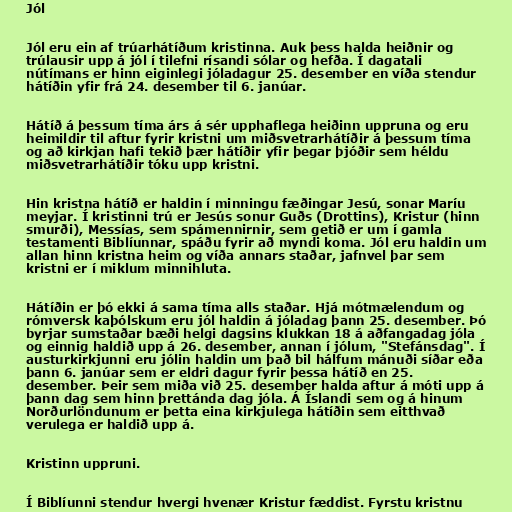
Jól

Jól eru ein af trúarhátíðum kristinna. Auk þess halda heiðnir og
trúlausir upp á jól í tilefni rísandi sólar og hefða. Í dagatali
nútímans er hinn eiginlegi jóladagur 25. desember en víða stendur
hátíðin yfir frá 24. desember til 6. janúar.

Hátíð á þessum tíma árs á sér upphaflega heiðinn uppruna og eru
heimildir til aftur fyrir kristni um miðsvetrarhátíðir á þessum tíma
og að kirkjan hafi tekið þær hátíðir yfir þegar þjóðir sem héldu
miðsvetrarhátíðir tóku upp kristni.

Hin kristna hátíð er haldin í minningu fæðingar Jesú, sonar Maríu
meyjar. Í kristinni trú er Jesús sonur Guðs (Drottins), Kristur (hinn
smurði), Messías, sem spámennirnir, sem getið er um í gamla
testamenti Biblíunnar, spáðu fyrir að myndi koma. Jól eru haldin um
allan hinn kristna heim og víða annars staðar, jafnvel þar sem
kristni er í miklum minnihluta.

Hátíðin er þó ekki á sama tíma alls staðar. Hjá mótmælendum og
rómversk kaþólskum eru jól haldin á jóladag þann 25. desember. Þó
byrjar sumstaðar bæði helgi dagsins klukkan 18 á aðfangadag jóla
og einnig haldið upp á 26. desember, annan í jólum, "Stefánsdag". Í
austurkirkjunni eru jólin haldin um það bil hálfum mánuði síðar eða
þann 6. janúar sem er eldri dagur fyrir þessa hátíð en 25.
desember. Þeir sem miða við 25. desember halda aftur á móti upp á
þann dag sem hinn þrettánda dag jóla. Á Íslandi sem og á hinum
Norðurlöndunum er þetta eina kirkjulega hátíðin sem eitthvað
verulega er haldið upp á.

Kristinn uppruni.

Í Biblíunni stendur hvergi hvenær Kristur fæddist. Fyrstu kristnu